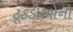
ટૂકડીઓનો